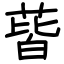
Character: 蒈